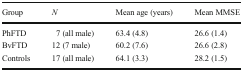
| Group | N | Mean age (years) | Mean MMSE |
 | --- | --- | --- | --- |
 | PhFTD | 7 (all male) | 63.4 (4.8) | 26.6 (1.4) |
 | BvFTD | 12 (7 male) | 60.2 (7.6) | 26.6 (2.8) |
 | Controls | 17 (all male) | 64.1 (3.3) | 28.2 (1.5) |